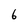
Character: 6